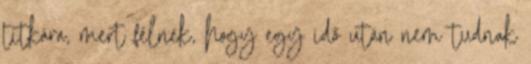
titkára, mert félnek, hogy egy idő után nem tudnak